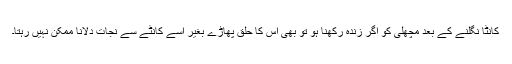
کانٹا نگلنے کے بعد مچھلی کو اگر زندہ رکھنا ہو تو بھی اس کا حلق پھاڑے بغیر اسے کانٹے سے نجات دلانا ممکن نہیں رہتا۔